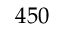
4 5 0